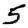
Digit: 5